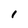
Character: 1